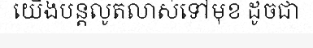
យើងបន្តលូតលាស់ទៅមុខ ដូចជា